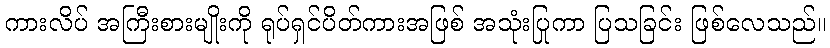
ကားလိပ် အကြီးစားမျိုးကို ရုပ်ရှင်ပိတ်ကားအဖြစ် အသုံးပြုကာ ပြသခြင်း ဖြစ်လေသည်။